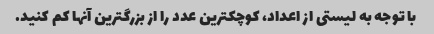
با توجه به لیستی از اعداد، کوچکترین عدد را از بزرگترین آنها کم کنید.